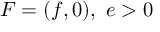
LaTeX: F = ( f , 0 ) , \ e > 0